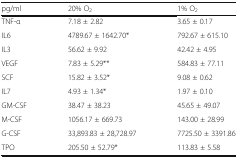
| pg/ml | 20% O2 | 1% O2 |
 | --- | --- | --- |
 | TNF-α | 7.18 ± 2.82 | 3.65 ± 0.17 |
 | IL6 | 4789.67 ± 1642.70* | 792.67 ± 615.10 |
 | IL3 | 56.62 ± 9.92 | 42.42 ± 4.95 |
 | VEGF | 7.83 ± 5.29** | 584.83 ± 77.11 |
 | SCF | 15.82 ± 3.52* | 9.08 ± 0.62 |
 | IL7 | 4.93 ± 1.34* | 1.97 ± 0.10 |
 | GM-CSF | 38.47 ± 38.23 | 45.65 ± 49.07 |
 | M-CSF | 1056.17 ± 669.73 | 143.00 ± 28.99 |
 | G-CSF | 33,893.83 ± 28,728.97 | 7725.50 ± 3391.86 |
 | TPO | 205.50 ± 52.79* | 113.83 ± 5.58 |